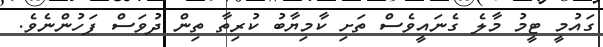
ގައުމީ ޓީމު މާލެ ގެނައީވެސް ތަށި ކާމިޔާބު ކުރިތާ ތިން ދުވަސް ފަހުންނެވެ.